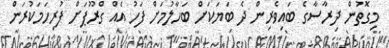
މިގޮތުން ދިރާސާގެ ބައިވެރިން ދެ ބަޔަކަށް ބަހާލުމަށް ފަހު އެއް ގްރޫޕަށް ފުރިހަމަކުރަން